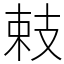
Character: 㩽